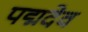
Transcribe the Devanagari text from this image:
पद्मदेव